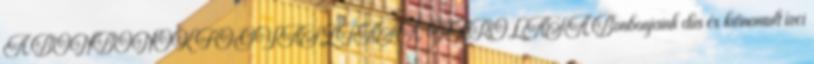
A BONBONOK FOGYASZTÁSA, TÁROLÁSA Bonbonjaink dús és kifinomult ízei